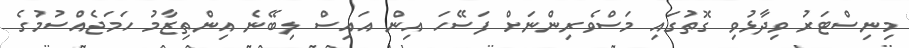
މިނިސްޓަރު ވިދާޅުވި ގޮތުގައި މަސްވެރިންނަށް ފަސޭހަ އިން އައިސް ލިބޭނެ އިންތިޒާމު ހަމަޖެއްސުމުގެ